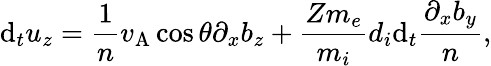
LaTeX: \mathrm{d}_{t}u_{z}=\frac{1}{n}v_{\mathrm{A}}\cos\theta\partial_{x}b_{z}+\frac{Zm_{e}}{m_{i}}d_{i}\mathrm{d}_{t}\frac{\partial_{x}b_{y}}{n},